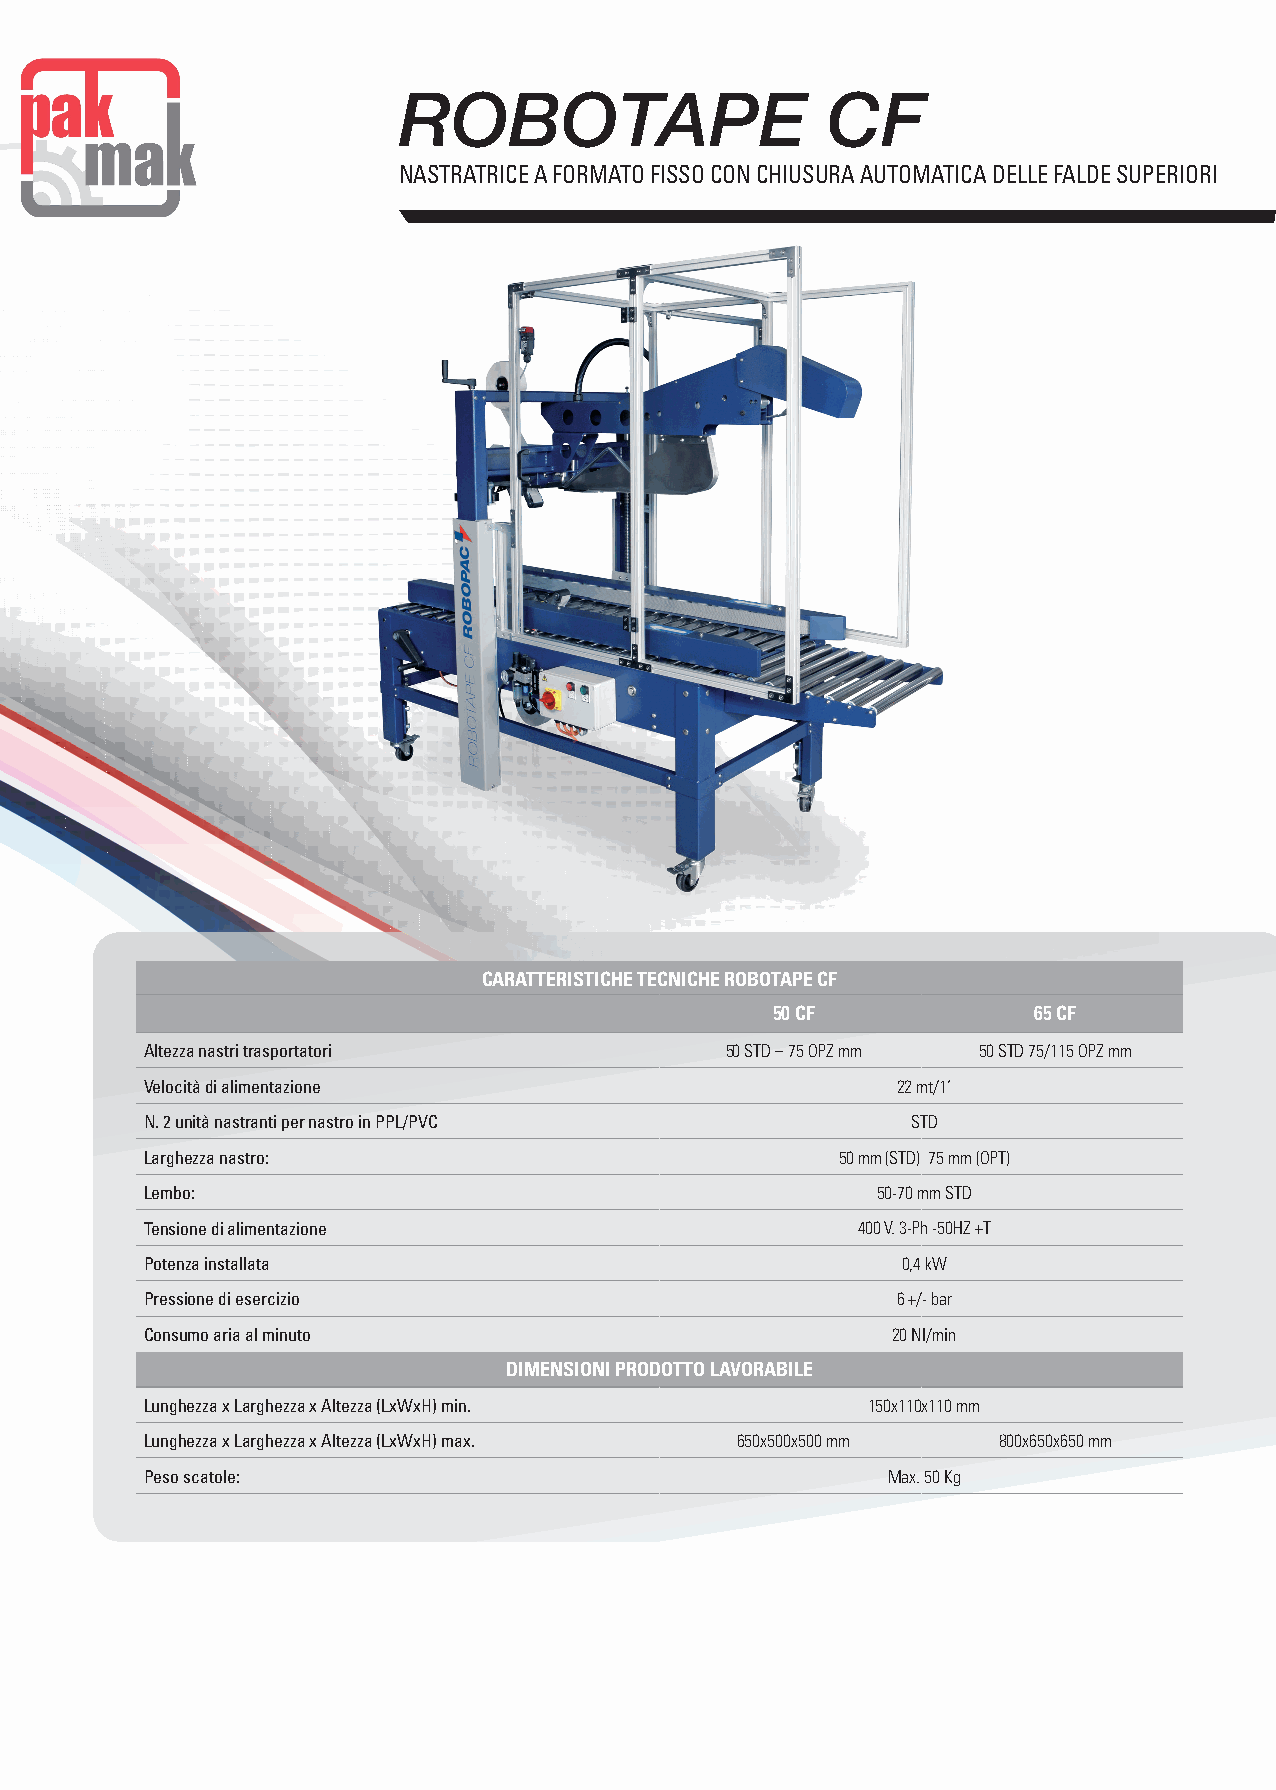
ROBOTAPE                     CF
 NASTRATRICE A FORMATO FISSO CON CHIUSURA AUTOMATICA DELLE FALDE SUPERIORI
 CARATTERISTICHE TECNICHE ROBOTAPE CF
 50 CF            65 CF
 Altezza nastri trasportatori          50 STD – 75 OPZ mm 50 STD 75/115 OPZ mm
 Velocità di alimentazione                        22 mt/1’
 N. 2 unità nastranti per nastro in PPL/PVC        STD
 Larghezza nastro:                             50 mm (STD) 75 mm (OPT)
 Lembo:                                          50-70 mm STD
 Tensione di alimentazione                      400 V. 3-Ph -50HZ +T
 Potenza installata                                0,4 kW
 Pressione di esercizio                           6 +/- bar
 Consumo aria al minuto                           20 Nl/min
 DIMENSIONI PRODOTTO LAVORABILE
 Lunghezza x Larghezza x Altezza (LxWxH) min.   150x110x110 mm
 Lunghezza x Larghezza x Altezza (LxWxH) max. 650x500x500 mm 800x650x650 mm
 Peso scatole:                                    Max. 50 Kg